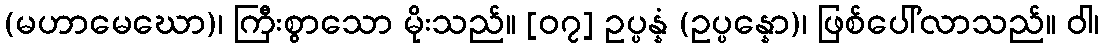
(မဟာမေဃော)၊ ကြီးစွာသော မိုးသည်။ [၀၇] ဥပ္ပန္နံ (ဥပ္ပန္နော)၊ ဖြစ်ပေါ်လာသည်။ ဝါ၊